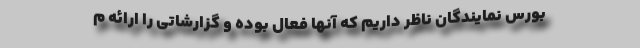
بورس نمایندگان ناظر داریم که آنها فعال بوده و گزارشاتی را ارائه م